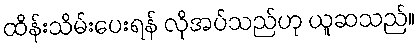
ထိန်းသိမ်းပေးရန် လိုအပ်သည်ဟု ယူဆသည်။